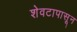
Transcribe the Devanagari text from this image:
शेवटापासून